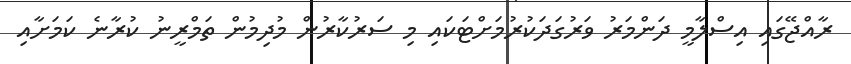
ރާއްޖޭގައި އިސްލާމީ ދަންމަރު ވަރުގަދަކުރުމަށްޓަކައި މި ސަރުކާރުން މުދިމުން ތަމްރީނު ކުރާނެ ކަމަށާއި